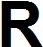
R